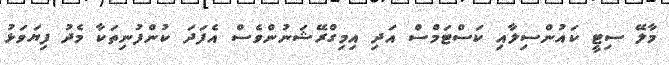
މާލޭ ސިޓީ ކައުންސިލާއި ކަސްޓަމްސް އަދި އިމިގްރޭޝަނުންވެސް އެފަދަ ކުންފުނިތަކާ މެދު ފިޔަވަޅު